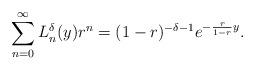
LaTeX: \begin{align*}\sum_{n=0}^{\infty} L_n^\delta(y)r^n = (1-r)^{-\delta-1} e^{-\frac{r}{1-r}y}. \end{align*}